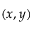
( x , y )